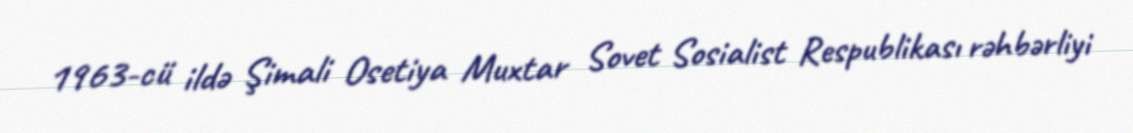
1963-cü ildə Şimali Osetiya Muxtar Sovet Sosialist Respublikası rəhbərliyi